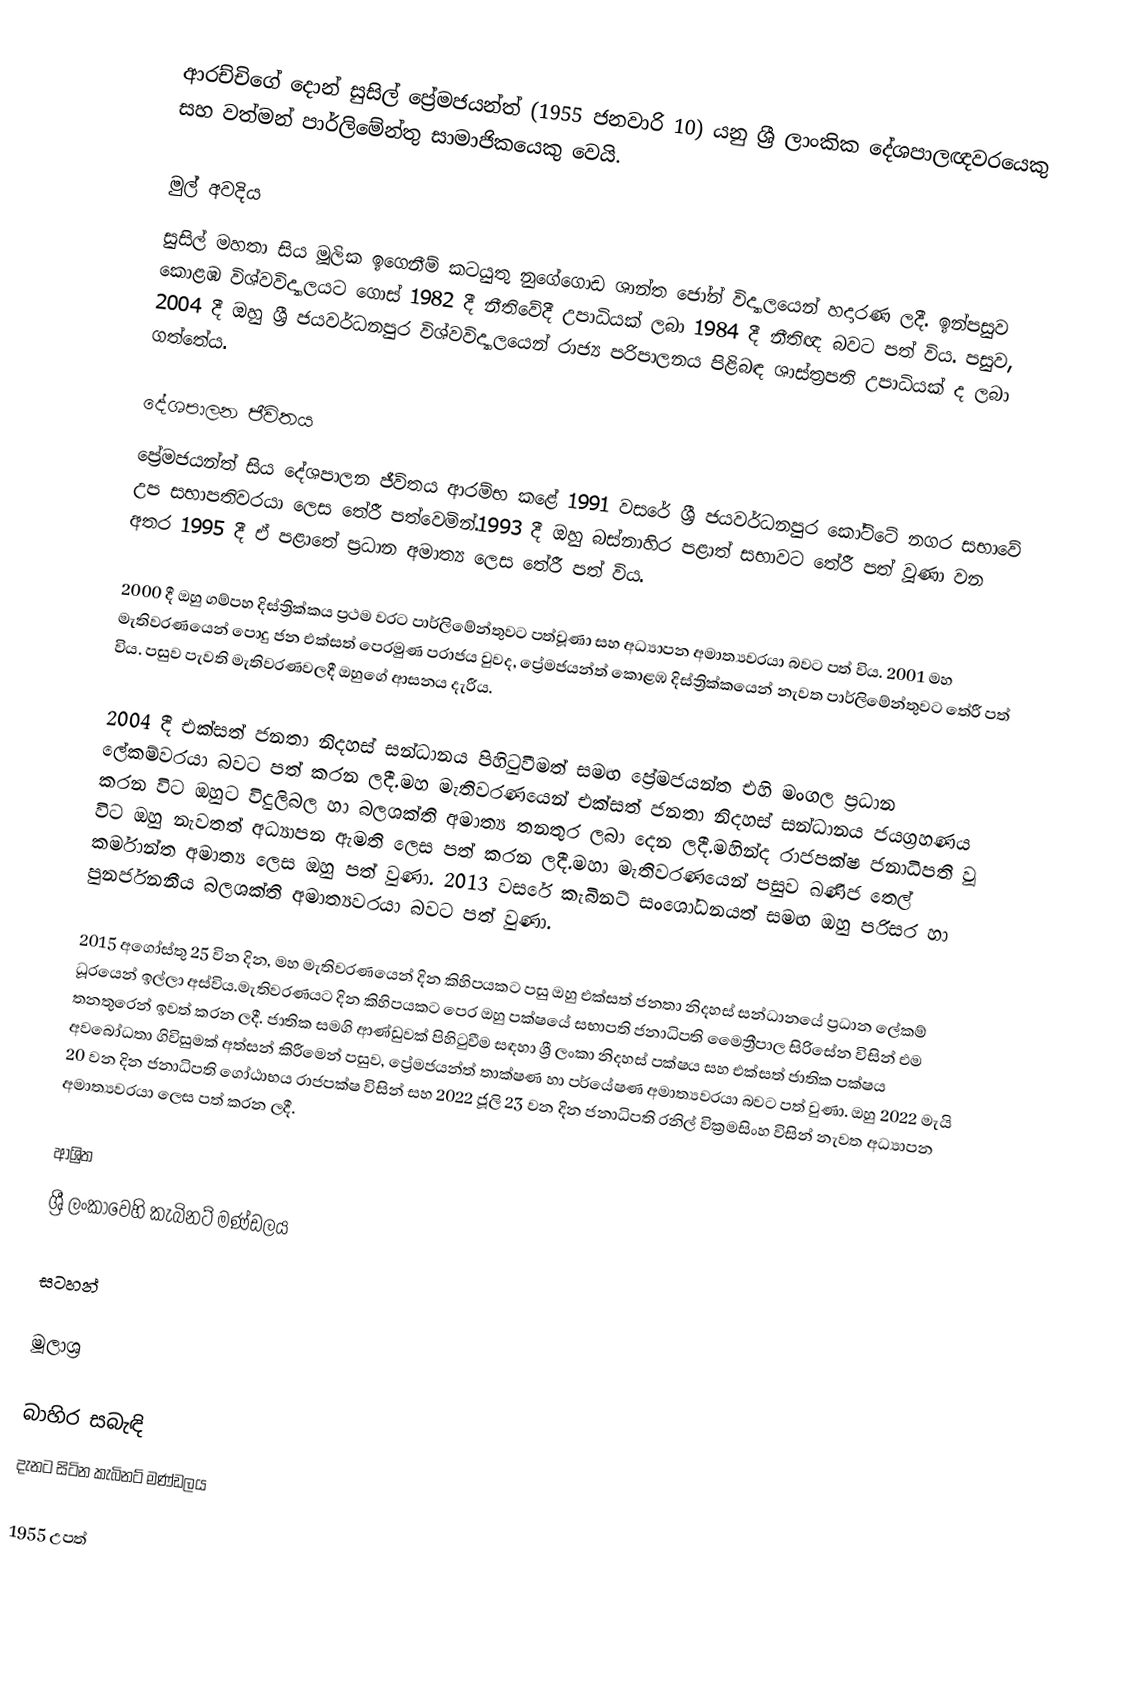
ආරච්චිගේ දොන් සුසිල් ප්‍රේමජයන්ත් (1955 ජනවාරි 10) යනු ශ්‍රී ලාංකික දේශපාලඥවරයෙකු සහ වත්මන් පාර්ලිමේන්තු සාමාජිකයෙකු වෙයි.

මුල් අවදිය
සුසිල් මහතා සිය මූලික ඉගෙනීම් කටයුතු නුගේගොඩ ශාන්ත ජෝන් විද්‍යාලයෙන් හදාරණ ලදී. ඉන්පසුව කොළඹ විශ්වවිද්‍යාලයට ගොස් 1982 දී නීතිවේදී උපාධියක් ලබා 1984 දී නීතිඥ බවට පත් විය. පසුව, 2004 දී ඔහු ශ්‍රී ජයවර්ධනපුර විශ්වවිද්‍යාලයෙන් රාජ්‍ය පරිපාලනය පිළිබඳ ශාස්ත්‍රපති උපාධියක් ද ලබා ගත්තේය.

දේශපාලන ජීවිතය
ප්‍රේමජයන්ත් සිය දේශපාලන ජීවිතය ආරම්භ කළේ 1991 වසරේ ශ්‍රී ජයවර්ධනපුර කෝට්ටේ නගර සභාවේ උප සභාපතිවරයා ලෙස තේරී පත්වෙමින්.1993 දී ඔහු බස්නාහිර පළාත් සභාවට තේරී පත් වූණා වන අතර 1995 දී ඒ පළාතේ ප්‍රධාන අමාත්‍ය ලෙස තේරී පත් විය.

2000 දී ඔහු ගම්පහ දිස්ත්‍රික්කය ප්‍රථම වරට පාර්ලිමේන්තුවට පත්වූණා සහ අධ්‍යාපන අමාත්‍යවරයා බවට පත් විය. 2001 මහ මැතිවරණයෙන් පොදු ජන එක්සත් පෙරමුණ පරාජය වුවද, ප්‍රේමජයන්ත් කොළඹ දිස්ත්‍රික්කයෙන් නැවත පාර්ලිමේන්තුවට තේරී පත් විය. පසුව පැවති මැතිවරණවලදී ඔහුගේ ආසනය දැරීය.

2004 දී එක්සත් ජනතා නිදහස් සන්ධානය පිහිටුවීමත් සමඟ ප්‍රේමජයන්ත එහි මංගල ප්‍රධාන ලේකම්වරයා බවට පත් කරන ලදී.මහ මැතිවරණයෙන් එක්සත් ජනතා නිදහස් සන්ධානය ජයග්‍රහණය කරන විට ඔහුට විදුලිබල හා බලශක්ති අමාත්‍ය තනතුර ලබා දෙන ලදී.මහින්ද රාජපක්ෂ ජනාධිපති වූ විට ඔහු නැවතත් අධ්‍යාපන ඇමති ලෙස පත් කරන ලදී.මහා මැතිවරණයෙන් පසුව ඛණිජ තෙල් කර්මාන්ත අමාත්‍ය ලෙස ඔහු පත් වුණා. 2013 වසරේ කැබිනට් සංශෝධනයත් සමඟ ඔහු පරිසර හා පුනර්ජනනීය බලශක්ති අමාත්‍යවරයා බවට පත් වුණා.

2015 අගෝස්තු 25 වින දින, මහ මැතිවරණයෙන් දින කිහිපයකට පසු ඔහු එක්සත් ජනතා නිදහස් සන්ධානයේ ප්‍රධාන ලේකම් ධූරයෙන් ඉල්ලා අස්විය.මැතිවරණයට දින කිහිපයකට පෙර ඔහු පක්ෂයේ සභාපති ජනාධිපති මෛත්‍රීපාල සිරිසේන විසින් එම තනතුරෙන් ඉවත් කරන ලදී. ජාතික සමගි ආණ්ඩුවක් පිහිටුවීම සඳහා ශ්‍රී ලංකා නිදහස් පක්ෂය සහ එක්සත් ජාතික පක්ෂය අවබෝධතා ගිවිසුමක් අත්සන් කිරීමෙන් පසුව, ප්‍රේමජයන්ත් තාක්ෂණ හා පර්යේෂණ අමාත්‍යවරයා බවට පත් වුණා. ඔහු 2022 මැයි 20 වන දින ජනාධිපති ගෝඨාභය රාජපක්ෂ විසින් සහ 2022 ජූලි 23 වන දින ජනාධිපති රනිල් වික්‍රමසිංහ විසින් නැවත අධ්‍යාපන අමාත්‍යවරයා ලෙස පත් කරන ලදී.

ආශ්‍රිත
ශ්‍රී ලංකාවෙහි කැබිනට් මණ්ඩලය

සටහන්

මූලාශ්‍ර

බාහිර සබැඳි
 දැනට සිටින කැබිනට් මණ්ඩලය

1955 උපත්